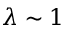
\lambda \sim 1